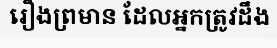
រឿងព្រមាន ដែលអ្នកត្រូវដឹង